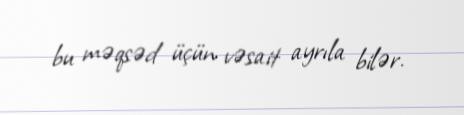
bu məqsəd üçün vəsait ayrıla bilər.